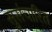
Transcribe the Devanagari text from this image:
सुसंचारित